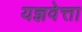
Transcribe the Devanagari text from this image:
यज्ञवेत्ता